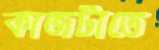
কাজটাতে